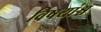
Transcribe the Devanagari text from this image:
विषयांश्च